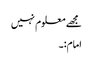
مجھے معلوم نہیں
امام:۔